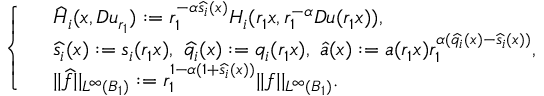
\left\{ \begin{array} { r l } & { \widehat { H } _ { i } ( x , D u _ { r _ { 1 } } ) : = r _ { 1 } ^ { - \alpha \widehat { s _ { i } } ( x ) } H _ { i } ( r _ { 1 } x , r _ { 1 } ^ { - \alpha } D u ( r _ { 1 } x ) ) , } \\ & { \widehat { s _ { i } } ( x ) : = s _ { i } ( r _ { 1 } x ) , \ \widehat { q _ { i } } ( x ) : = q _ { i } ( r _ { 1 } x ) , \ \widehat { a } ( x ) : = a ( r _ { 1 } x ) r _ { 1 } ^ { \alpha ( \widehat { q _ { i } } ( x ) - \widehat { s _ { i } } ( x ) ) } , } \\ & { | | \widehat { f } | | _ { L ^ { \infty } ( B _ { 1 } ) } : = r _ { 1 } ^ { 1 - \alpha ( 1 + \widehat { s _ { i } } ( x ) ) } | | f | | _ { L ^ { \infty } ( B _ { 1 } ) } . } \end{array} \right.